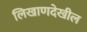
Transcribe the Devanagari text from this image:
लिखाणदेखील